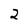
Character: 2